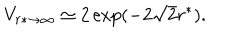
V _ { r * \to \infty } \simeq 2 \exp ( - 2 \sqrt 2 r ^ { * } ) .